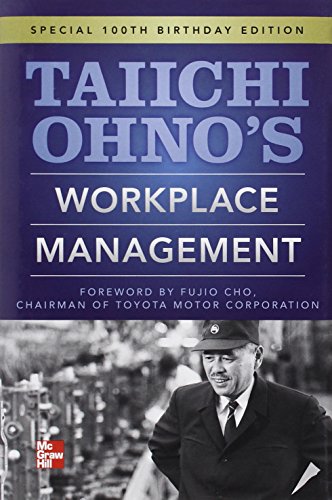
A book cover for Taiichi Ohnos Workplace Management: Special 100th Birthday Edition; Taiichi Ohno; Business & Money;